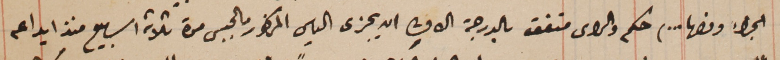
الجزاء ونصها ...) حكم والراى متفق بالدرجة الاولى ان يجزى الياس المذكور بالحبس مدة ثلاثة اسابيع منذ ايداعه